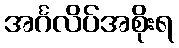
အင်္ဂလိပ်အစိုးရ